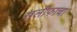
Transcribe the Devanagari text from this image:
खलीफाचा